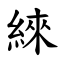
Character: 䋱